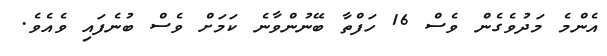
އެންމެ މަދުވެގެން ވެސް 16 ހަފްތާ ބޭނުންވާނެ ކަމަށް ވެސް ބުނެފައި ވެއެވެ.